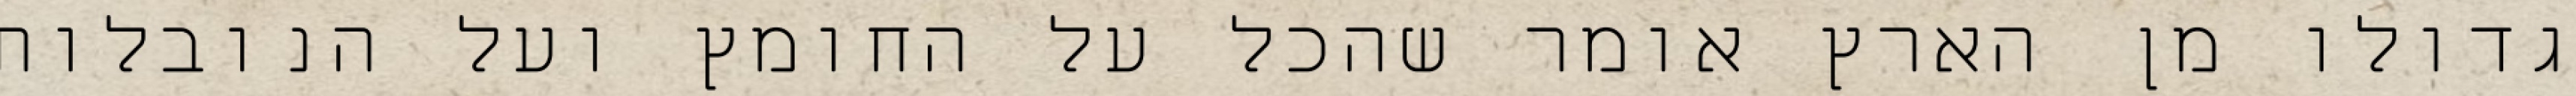
גדולו מן הארץ אומר שהכל על החומץ ועל הנובלות